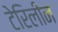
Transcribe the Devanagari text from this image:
टेरिलीन